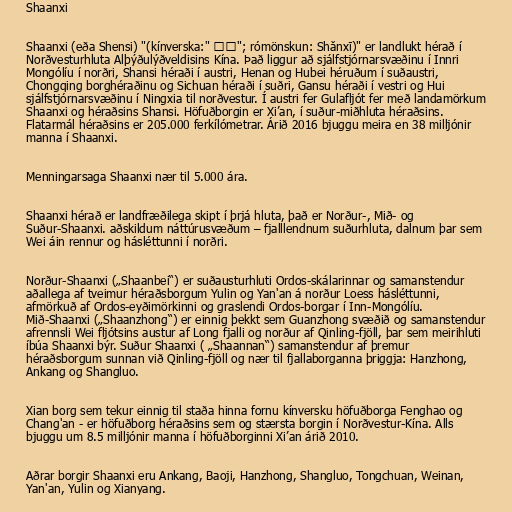
Shaanxi

Shaanxi (eða Shensi) "(kínverska:" 陕西"; rómönskun: Shǎnxī)" er landlukt hérað í
Norðvesturhluta Alþýðulýðveldisins Kína. Það liggur að sjálfstjórnarsvæðinu í Innri
Mongólíu í norðri, Shansi héraði í austri, Henan og Hubei héruðum í suðaustri,
Chongqing borghéraðinu og Sichuan héraði í suðri, Gansu héraði í vestri og Hui
sjálfstjórnarsvæðinu í Ningxia til norðvestur. Í austri fer Gulafljót fer með landamörkum
Shaanxi og héraðsins Shansi. Höfuðborgin er Xi’an, í suður-miðhluta héraðsins.
Flatarmál héraðsins er 205.000 ferkílómetrar. Árið 2016 bjuggu meira en 38 milljónir
manna í Shaanxi.

Menningarsaga Shaanxi nær til 5.000 ára.

Shaanxi hérað er landfræðilega skipt í þrjá hluta, það er Norður-, Mið- og
Suður-Shaanxi. aðskildum náttúrusvæðum – fjalllendnum suðurhluta, dalnum þar sem
Wei áin rennur og hásléttunni í norðri.

Norður-Shaanxi („Shaanbei“) er suðausturhluti Ordos-skálarinnar og samanstendur
aðallega af tveimur héraðsborgum Yulin og Yan'an á norður Loess hásléttunni,
afmörkuð af Ordos-eyðimörkinni og graslendi Ordos-borgar í Inn-Mongólíu.
Mið-Shaanxi („Shaanzhong“) er einnig þekkt sem Guanzhong svæðið og samanstendur
afrennsli Wei fljótsins austur af Long fjalli og norður af Qinling-fjöll, þar sem meirihluti
íbúa Shaanxi býr. Suður Shaanxi ( „Shaannan“) samanstendur af þremur
héraðsborgum sunnan við Qinling-fjöll og nær til fjallaborganna þriggja: Hanzhong,
Ankang og Shangluo.

Xian borg sem tekur einnig til staða hinna fornu kínversku höfuðborga Fenghao og
Chang'an - er höfuðborg héraðsins sem og stærsta borgin í Norðvestur-Kína. Alls
bjuggu um 8.5 milljónir manna í höfuðborginni Xi’an árið 2010.

Aðrar borgir Shaanxi eru Ankang, Baoji, Hanzhong, Shangluo, Tongchuan, Weinan,
Yan'an, Yulin og Xianyang.